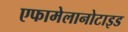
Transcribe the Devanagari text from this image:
एफामेलानोटाइड